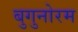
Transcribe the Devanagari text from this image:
बुगुनोरम